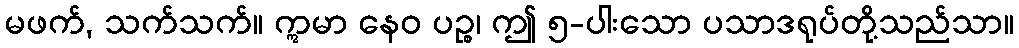
မဖက်, သက်သက်။ ဣမာ နေဝ ပဉ္စ၊ ဤ ၅-ပါးသော ပသာဒရုပ်တို့သည်သာ။